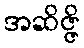
အဆိဇ္ဇိ